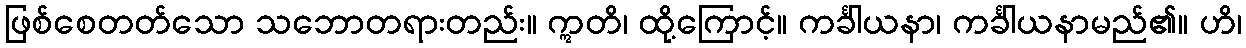
ဖြစ်စေတတ်သော သဘောတရားတည်း။ ဣတိ၊ ထို့ကြောင့်။ ကင်္ခါယနာ၊ ကင်္ခါယနာမည်၏။ ဟိ၊